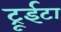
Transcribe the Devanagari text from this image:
ट्रूईटा